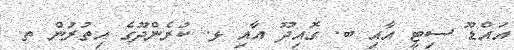
އައްޑޫ ސިޓީ އާއި ބ. ގޮއިދޫ އާއި ޅ. ކުރެންދޫގެ އިތުރުން ތ.